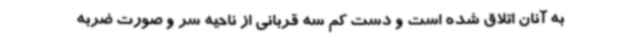
به آنان اتلاق شده است و دست کم سه قربانی از ناحیه سر و صورت ضربه